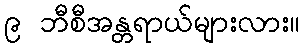
၉ ဘီစီအန္တရာယ်များလား။